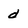
Character: d